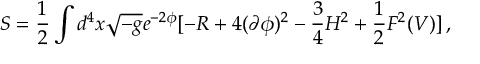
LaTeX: S = \frac { 1 } { 2 } \int d ^ { 4 } x \sqrt { - g } e ^ { - 2 \phi } [ - R + 4 ( \partial \phi ) ^ { 2 } - \frac { 3 } { 4 } H ^ { 2 } + \frac { 1 } { 2 } F ^ { 2 } ( V ) ] \, ,